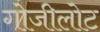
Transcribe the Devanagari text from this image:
गोजीलोट